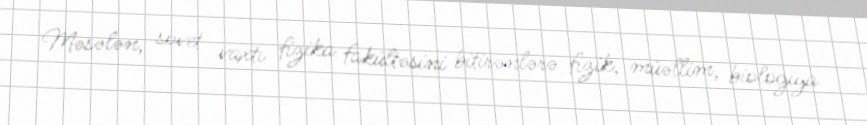
Məsələn, sovet vaxtı fizika fakültəsini bitirənlərə fizik, müəllim, biologiya